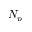
N _ { p }